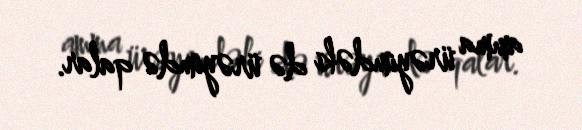
amma ürəyimdəki də ürəyimdə qalar.